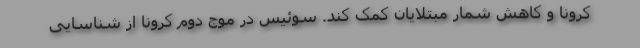
کرونا و کاهش شمار مبتلایان کمک کند. سوئیس در موج دوم کرونا از شناسایی